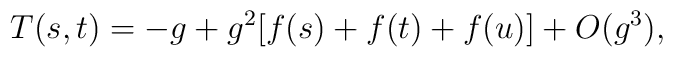
T(s,t)=-g+g^2[f(s)+f(t)+f(u)]+O(g^3),